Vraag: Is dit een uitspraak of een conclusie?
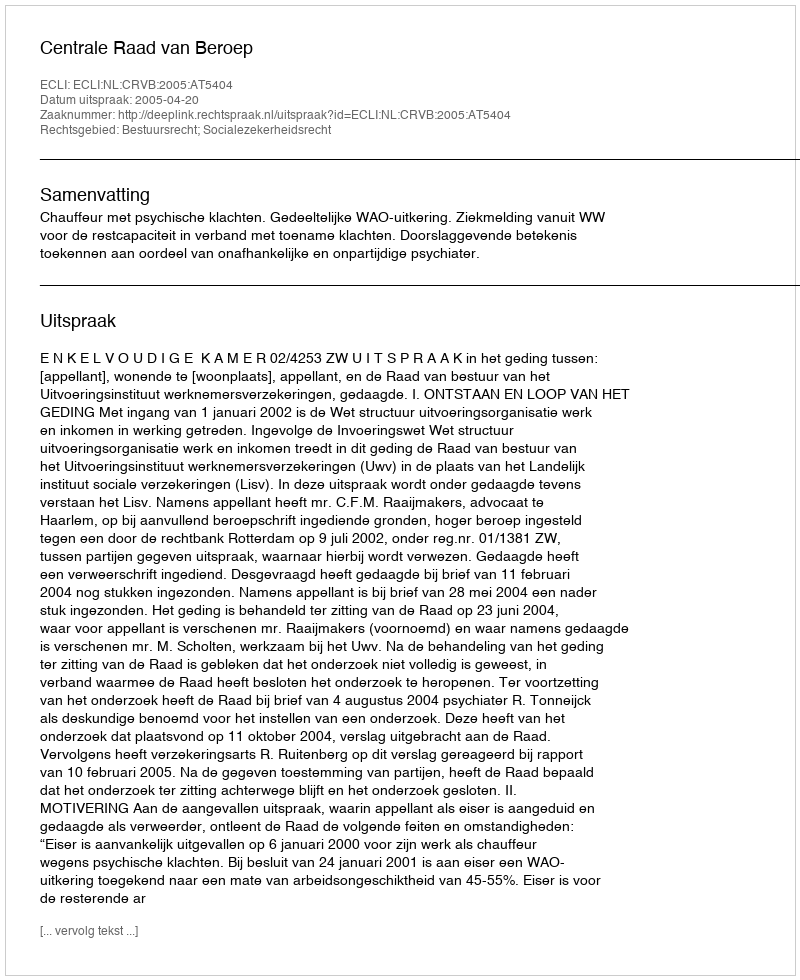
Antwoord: Uitspraak